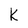
Character: k